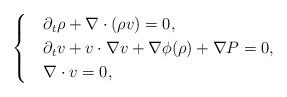
LaTeX: \begin{align*}\begin{cases}& \partial_{t}\rho + \nabla \cdot (\rho v) = 0, \\& \partial_{t}{v}+{v} \cdot \nabla {v} + \nabla \phi(\rho) + {\nabla {P}}=0, \\& \nabla \cdot v = 0,\end{cases}\end{align*}